画像に写った文字を読んでください
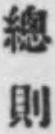
「總則」と書いてあります